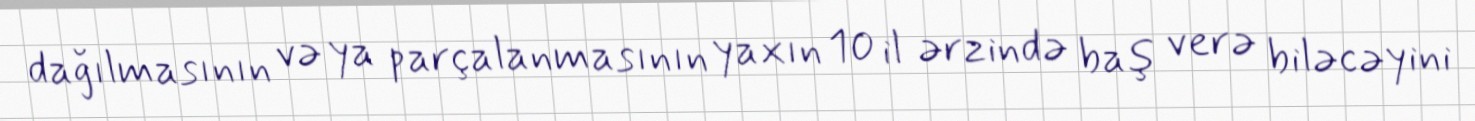
dağılmasının və ya parçalanmasının yaxın 10 il ərzində baş verə biləcəyini